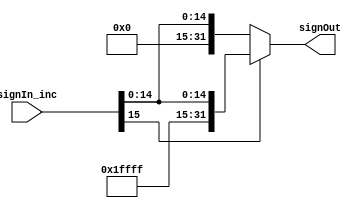
`timescale 1ns / 1ps
//////////////////////////////////////////////////////////////////////////////////
// Company: 
// Engineer: 
// 
// Design Name: 
// Module Name: signExtendInc
// Project Name: 
// Target Devices: 
// Tool Versions: 
// Description: 
// 
// Dependencies: 
// 
// Revision:
// Revision 0.01 - File Created
// Additional Comments:
// 
//////////////////////////////////////////////////////////////////////////////////


module signExtendInc(signIn_inc, signOut);
    input [15:0] signIn_inc;
    output reg [31:0] signOut;

    always@(signIn_inc, signOut)
        if (signIn_inc[15] == 1)
            signOut = {16'b1111111111111111, signIn_inc};
        else 
            signOut = {16'b0000000000000000, signIn_inc};
endmodule